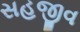
સહજીવ